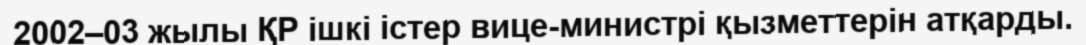
2002–03 жылы ҚР ішкі істер вице-министрі қызметтерін атқарды.